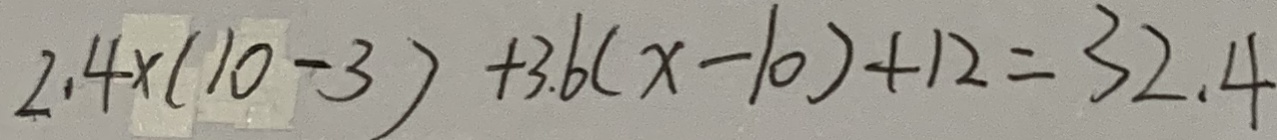
2 . 4 \times ( 1 0 - 3 ) + 3 . 6 ( x - 1 0 ) + 1 2 = 3 2 . 4